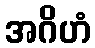
အဂိဟံ